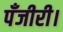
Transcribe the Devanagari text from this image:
पँजीरी।